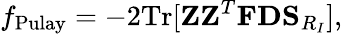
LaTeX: {\displaystyle f_{\mathrm{Pulay}}=-2\mathrm{Tr}[{\mathbf Z}{\mathbf Z}^{T}{\mathbf F}{\mathbf D}{\mathbf S}_{R_{I}}]},